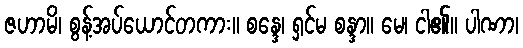
ဇဟာမိ၊ စွန့်အပ်ယောင်တကား။ စန္ဒေ၊ ရှင်မ စန္ဒာ။ မေ၊ ငါ၏။ ပါဏာ၊